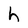
Character: h